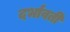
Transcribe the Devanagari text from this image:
दर्भावती